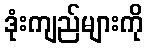
ဒုံးကျည်များကို